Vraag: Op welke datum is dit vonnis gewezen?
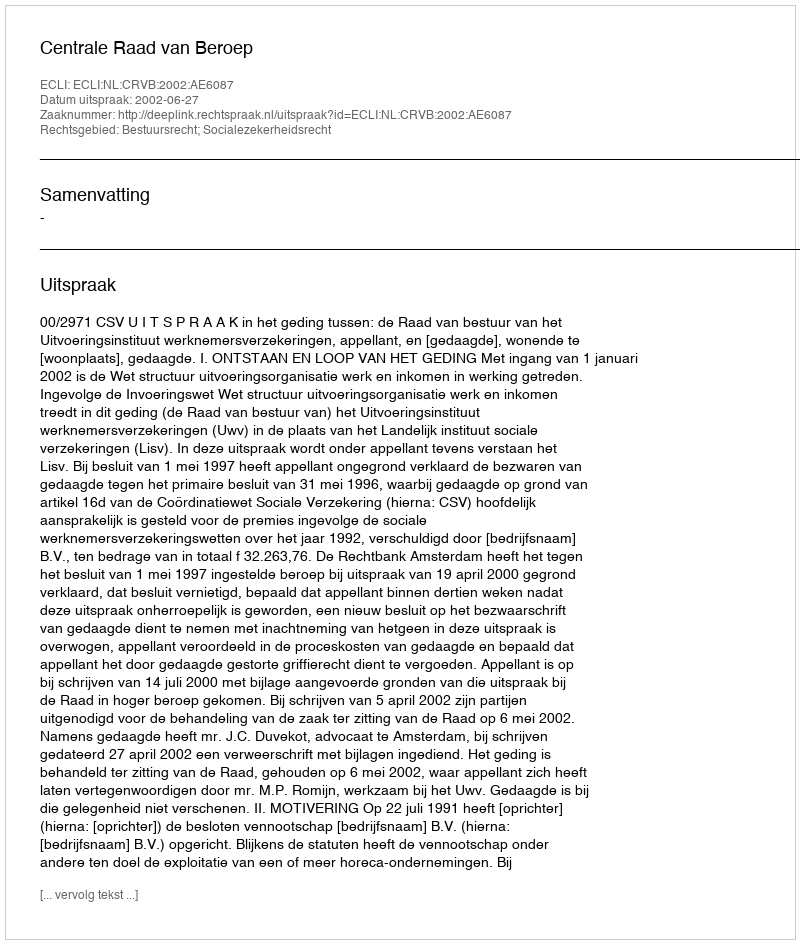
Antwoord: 2002-06-27